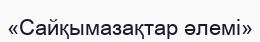
«Сайқымазақтар әлемі»